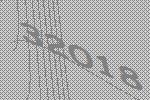
32018